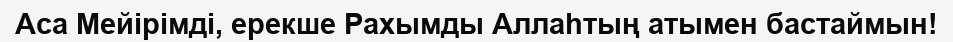
Аса Мейірімді, ерекше Рахымды Аллаһтың атымен бастаймын!